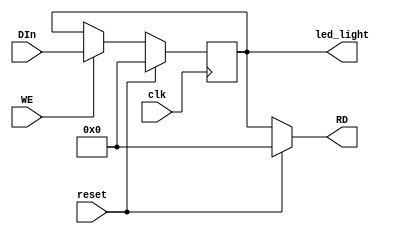
`timescale 1ns / 1ps
//////////////////////////////////////////////////////////////////////////////////
// Company: 
// Engineer: 
// 
// Design Name: 
// Module Name:    driver_lights 
// Project Name: 
// Target Devices: 
// Tool versions: 
// Description: 
//
// Dependencies: 
//
// Revision: 
// Revision 0.01 - File Created
// Additional Comments: 
//
//////////////////////////////////////////////////////////////////////////////////
module driver_lights(
    input [31:0] DIn,
    input WE,
    output [31:0] RD,
    input clk,
    input reset,
    output reg [31:0] led_light
    );
	 
	assign RD = (reset) ? 0:
					led_light;
	
	always@(posedge clk) begin
		if (reset)
			led_light <= 0;
		else if (WE)
			led_light <= DIn;
	end

endmodule